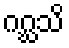
ဂဂ္ဃသိ